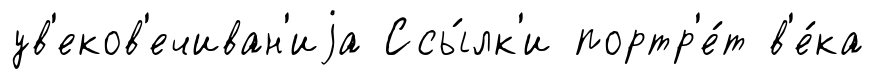
ув'еков'ечиван'иjа Ссы́лк'и портр'е́т в'е́ка